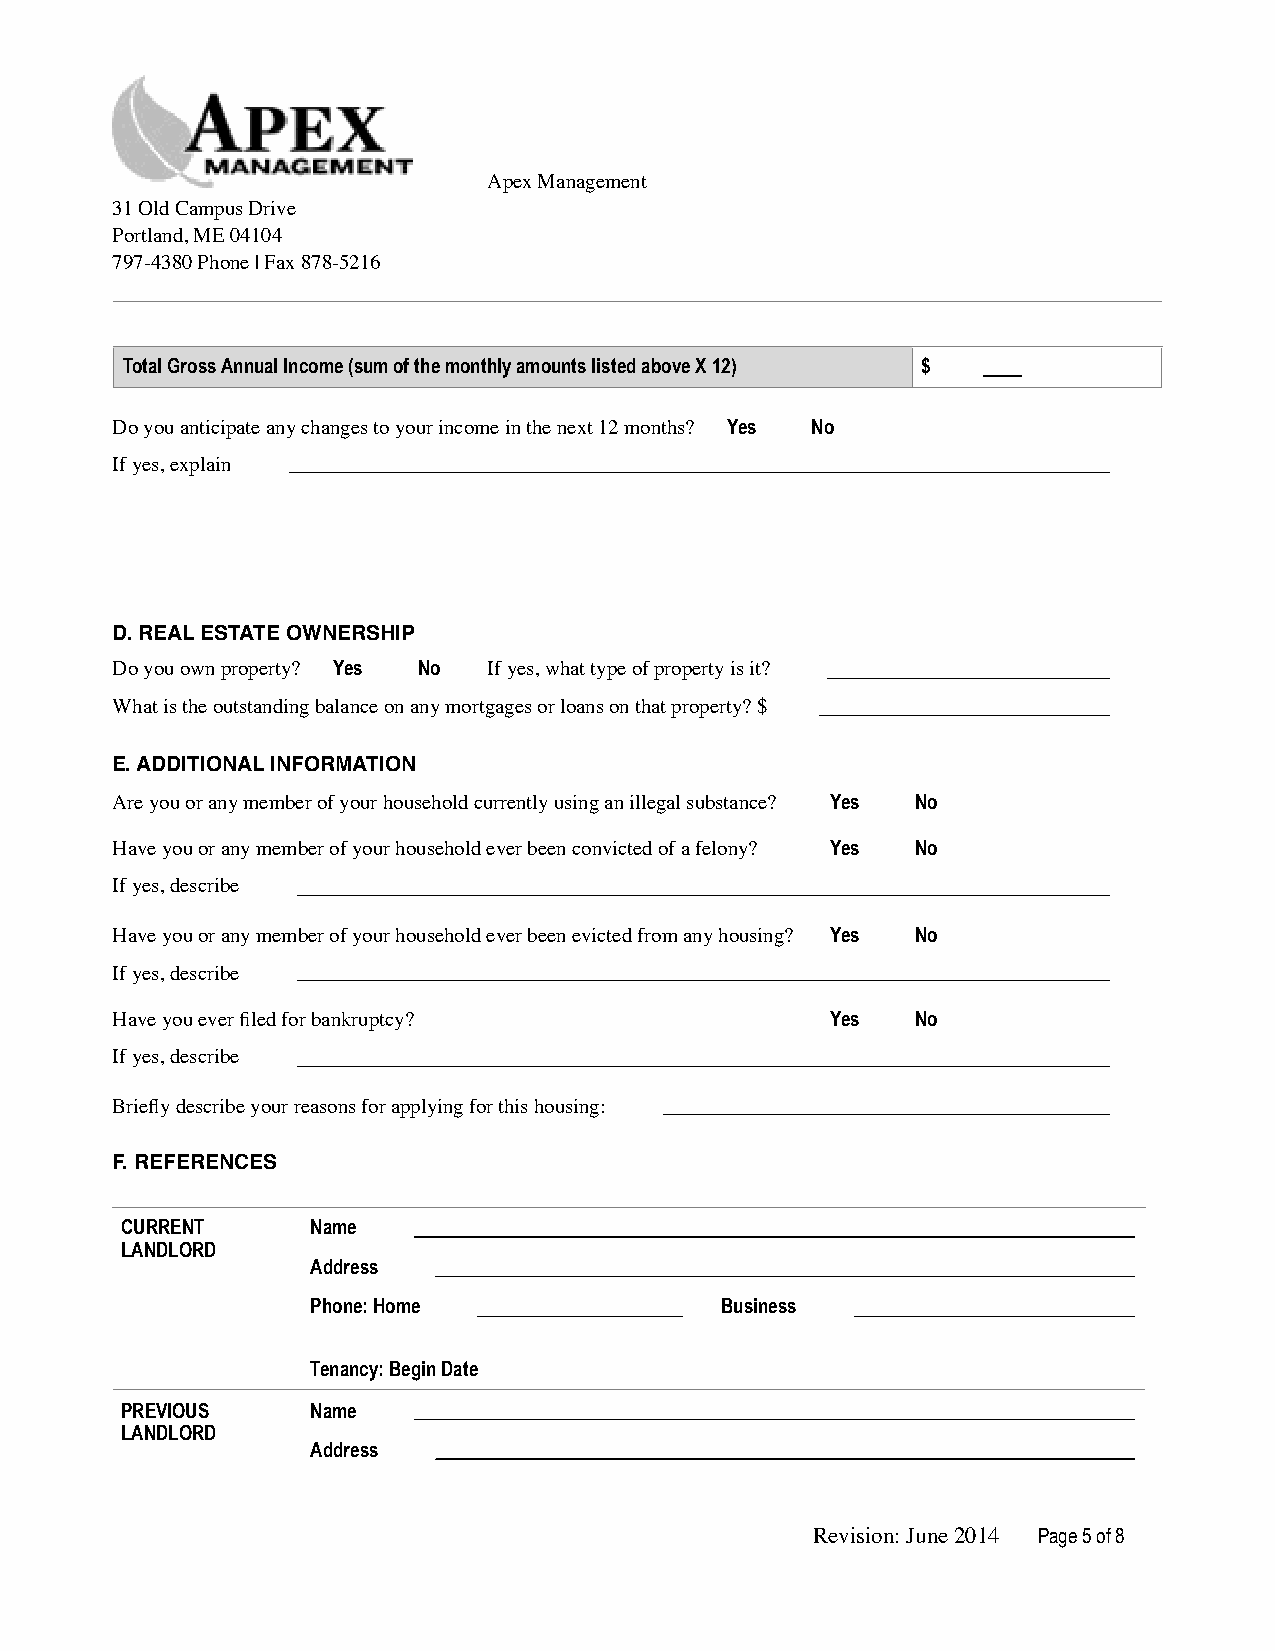
Apex Management
 31 Old Campus Drive
 Portland, ME 04104
 797-4380 Phone | Fax 878-5216
 Total Gross Annual Income (sum of the monthly amounts listed above X 12) $
 Do you anticipate any changes to your income in the next 12 months? Yes No
 If yes, explain
 D.REAL ESTATE OWNERSHIP
 Do you own property? Yes No If yes, what type of property is it?
 What is the outstanding balance on any mortgages or loans on that property? $
 E.ADDITIONAL INFORMATION
 Are you or any member of your household currently using an illegal substance? Yes No
 Have you or any member of your household ever been convicted of a felony? Yes No
 If yes, describe
 Have you or any member of your household ever been evicted from any housing? Yes No
 If yes, describe
 Have you ever filed for bankruptcy?             Yes   No
 If yes, describe
 Briefly describe your reasons for applying for this housing:
 F.REFERENCES
 CURRENT      Name
 LANDLORD
 Address
 Phone: Home                Business
 Tenancy: Begin Date
 PREVIOUS     Name
 LANDLORD
 Address
 Revision: June 2014 Page !5 of !8